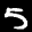
Label: 5